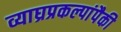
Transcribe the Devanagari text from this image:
व्याघ्रप्रकल्पांपैकी